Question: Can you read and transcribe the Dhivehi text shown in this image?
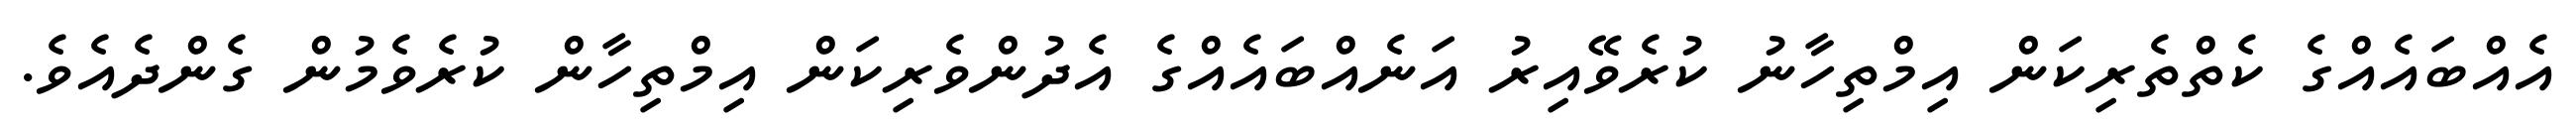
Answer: އެއްބައެއްގެ ކެތްތެރިކަން އިމްތިހާނު ކުރެވޭއިރު އަނެއްބައެއްގެ އެދުންވެރިކަން އިމްތިހާން ކުރެވެމުން ގެންދެއެވެ.